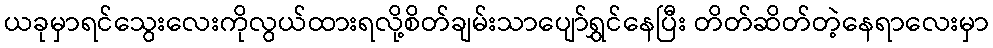
ယခုမှာရင်သွေးလေးကိုလွယ်ထားရလို့စိတ်ချမ်းသာပျော်ရွှင်နေပြီး တိတ်ဆိတ်တဲ့နေရာလေးမှာ